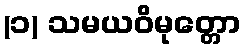
(၁) သမယဝိမုတ္တော